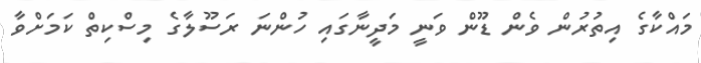
މައްކާގެ އިތުރުން ވެން ޑޫން ވަނީ މަދީނާގައި ހުންނަ ރަސޫލާގެ މިސްކިތް ކަމަށްވާ